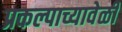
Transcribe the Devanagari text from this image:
प्रकल्पाच्यावेळी